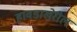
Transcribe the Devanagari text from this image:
हावडाखेरील